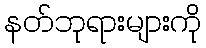
နတ်ဘုရားများကို